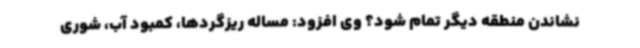
نشاندن منطقه دیگر تمام شود؟ وی افزود: مساله ریزگردها، کمبود آب، شوری